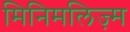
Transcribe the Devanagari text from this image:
मिनिमलिज़्म